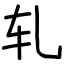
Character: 轧